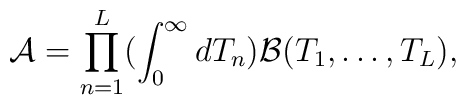
{\cal A}=\prod_{n=1}^{L}(\int_0^{\infty}dT_n){\cal B}(T_1,\ldots,T_L),